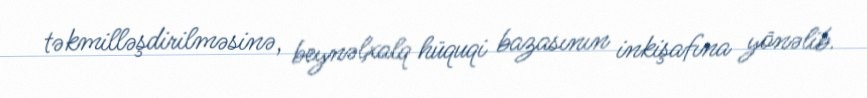
təkmilləşdirilməsinə, beynəlxalq hüquqi bazasının inkişafına yönəlib.